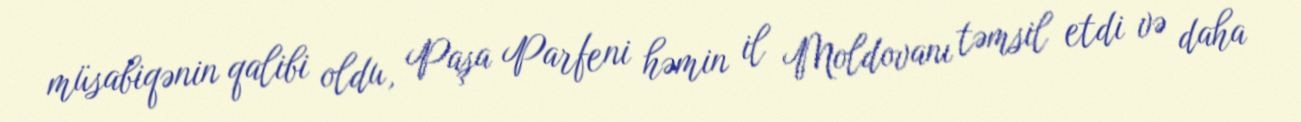
müsabiqənin qalibi oldu, Paşa Parfeni həmin il Moldovanı təmsil etdi və daha